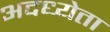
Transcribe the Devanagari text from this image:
अदध्येता